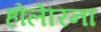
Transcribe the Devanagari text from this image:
होलेरिना